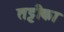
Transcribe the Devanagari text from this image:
तट्टीका